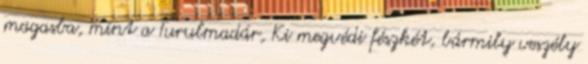
magasba, mint a Turulmadár, Ki megvédi fészkét, bármily veszély